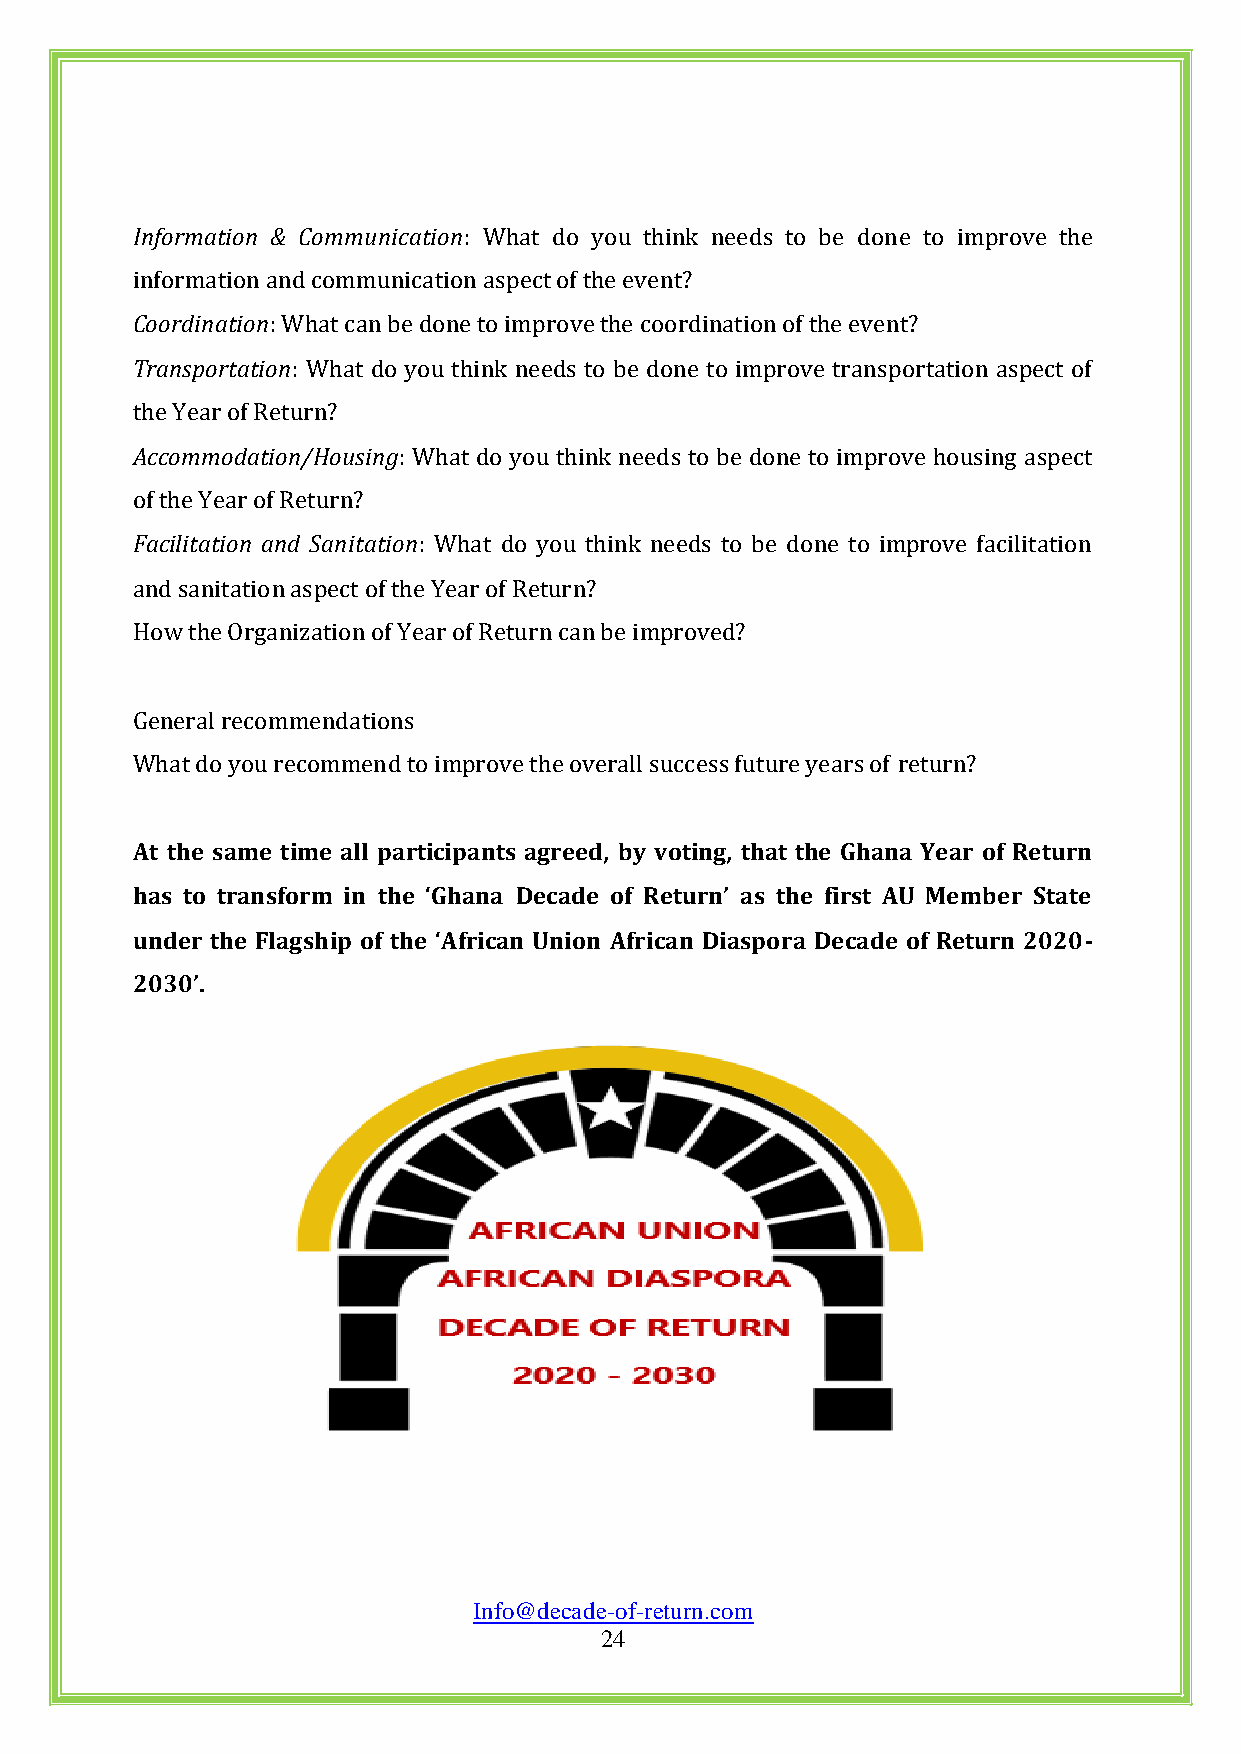
Information & Communication: What do you think needs to be done to improve the
 information and communication aspect of the event?
 Coordination: What can be done to improve the coordination of the event?
 Transportation: What do you think needs to be done to improve transportation aspect of
 the Year of Return?
 Accommodation/Housing: What do you think needs to be done to improve housing aspect
 of the Year of Return?
 Facilitation and Sanitation: What do you think needs to be done to improve facilitation
 and sanitation aspect of the Year of Return?
 How the Organization of Year of Return can be improved?
 General recommendations
 What do you recommend to improve the overall success future years of return?
 At the same time all participants agreed, by voting, that the Ghana Year of Return
 has to transform in the ‘Ghana Decade of Return’ as the first AU Member State
 under the Flagship of the ‘African Union African Diaspora Decade of Return 2020-
 2030’.
 Info@decade-of-return.com
 24